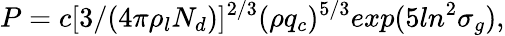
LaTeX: P=c[3/(4\pi\rho_{l}N_{d})]^{2/3}(\rho q_{c})^{5/3}exp(5ln^{2}\sigma_{g}),